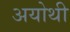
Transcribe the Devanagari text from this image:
अयोथी